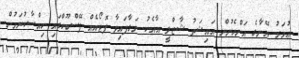
ޢުމަރު އޭނާގެ އަންހެނުން އައިޝަތު ޝާޒްލީ އާއެކު ނަގާފައިވާ ފޮޓޯއެއް ފޭސްބޫކްގައި ހިއްސާކުރަމުން